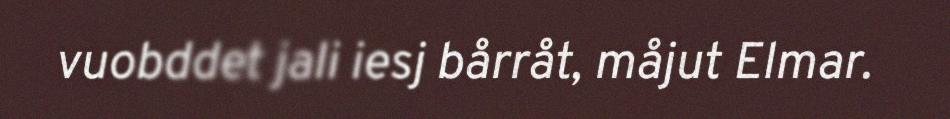
vuobddet jali iesj bårråt, måjut Elmar.